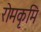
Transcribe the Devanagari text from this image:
रोमकृमि